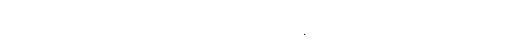
အားဖြင့်။ ဒဿနံ၊ ပြသော သဒ္ဒါတည်း။ ဒေသနာ ဝိစယောတိ အာဒိ၊ အစရှိသော